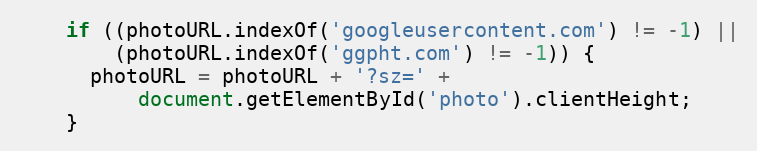
Language: JavaScript
    if ((photoURL.indexOf('googleusercontent.com') != -1) ||
        (photoURL.indexOf('ggpht.com') != -1)) {
      photoURL = photoURL + '?sz=' +
          document.getElementById('photo').clientHeight;
    }